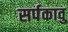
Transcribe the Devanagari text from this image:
सर्पकावु